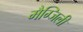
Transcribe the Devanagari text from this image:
मैग्जिली